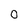
Character: 0